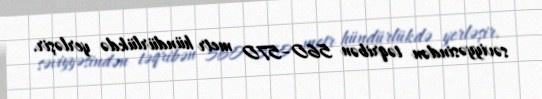
səviyyəsindən təqribən 560–570 metr hündürlükdə yerləşir.